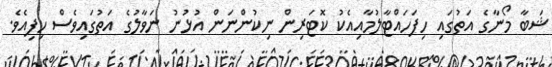
ޝަބާ މޯނާގެ އަތުގައި ހިފަހައްޓާލުމާއިއެކު ކޮޓަރިން ނިކުންނަން އުޅުނު ނަވާލުގެ އަތުގައިވެސް ހިފިއެވެ.